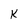
Character: K